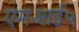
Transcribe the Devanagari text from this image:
एमआई५